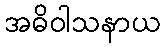
အဓိဝါသနာယ